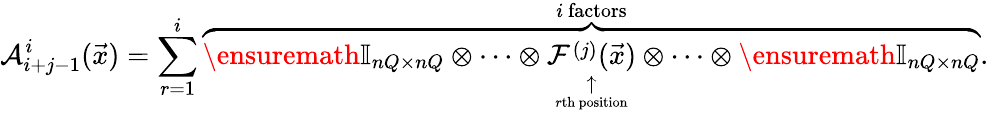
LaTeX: \mathcal A_{i+j-1}^{i}(\vec{x})=\sum_{r=1}^{i}\overset{i\mathrm{~factors}}{\overbrace{\ensuremath{\mathbb{I}_{nQ\times nQ}}\otimes\cdots\otimes\underset{\underset{r\mathrm{th~position}}{\uparrow}}{\mathcal F^{(j)}(\vec{x})}\otimes\cdots\otimes\ensuremath{\mathbb{I}_{nQ\times nQ}}}}.